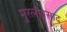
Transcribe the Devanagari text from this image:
मुरलीप्रसाद